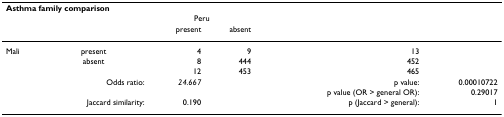
<table><thead><tr><td colspan="6"><b>Asthma family comparison</b></td></tr><tr><td></td><td></td><td colspan="2"><b>Peru</b></td><td></td><td></td></tr><tr><td></td><td></td><td><b>present</b></td><td><b>absent</b></td><td></td><td></td></tr></thead><tbody><tr><td>Mali</td><td>present</td><td>4</td><td>9</td><td>13</td><td></td></tr><tr><td></td><td>absent</td><td>8</td><td>444</td><td>452</td><td></td></tr><tr><td></td><td></td><td>12</td><td>453</td><td>465</td><td></td></tr><tr><td></td><td>Odds ratio:</td><td><i>24.667</i></td><td></td><td>p value:</td><td>0.00010722</td></tr><tr><td></td><td></td><td></td><td></td><td>p value (OR &gt; general OR):</td><td>0.29017</td></tr><tr><td></td><td>Jaccard similarity:</td><td>0.190</td><td></td><td>p (Jaccard &gt; general):</td><td>1</td></tr></tbody></table>